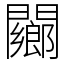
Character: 䦳